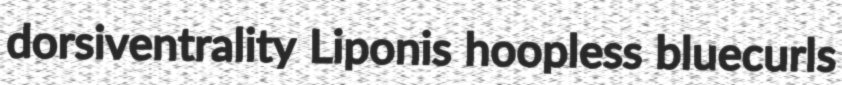
dorsiventrality Liponis hoopless bluecurls